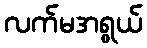
လက်မအရွယ်